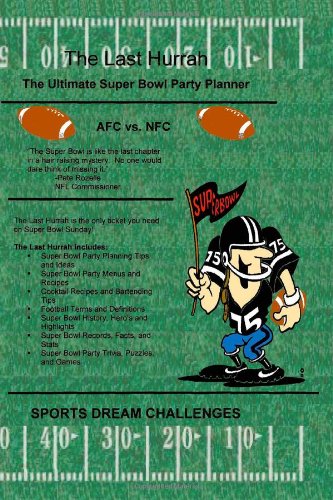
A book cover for The Last Hurrah: the Ultimate Super Bowl Party Planner; Sports Dream Challenges; Cookbooks, Food & Wine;